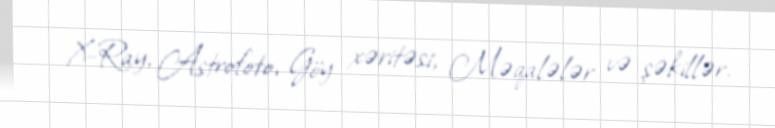
X-Ray, Astrofoto, Göy xəritəsi, Məqalələr və şəkillər.